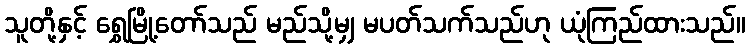
သူတို့နှင့် ရွှေမြို့တော်သည် မည်သို့မျှ မပတ်သက်သည်ဟု ယုံကြည်ထားသည်။